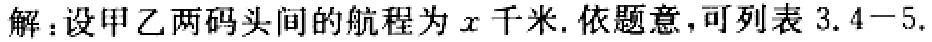
解：设甲乙两码头间的航程为\(x\)千米. 依题意，可列表 \(3.4 - 5.\)